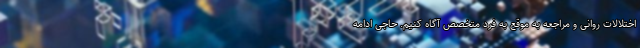
اختلالات روانی و مراجعه به موقع به فرد متخصص آگاه کنیم. حاجی ادامه